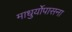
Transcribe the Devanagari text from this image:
माधुर्योपासना